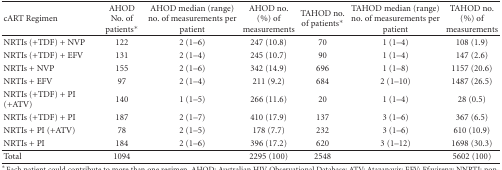
<table><thead><tr><td><b>cART Regimen</b></td><td><b>AHOD No. of patients*</b></td><td><b>AHOD median (range) no. of measurements per patient</b></td><td><b>AHOD no. (%) of measurements</b></td><td><b>TAHOD no. of patients*</b></td><td><b>TAHOD median (range) no. of measurements per patient</b></td><td><b>TAHOD no. (%) of measurements</b></td></tr></thead><tbody><tr><td>NRTIs (+TDF) + NVP</td><td>122</td><td>2 (1–6)</td><td>247 (10.8)</td><td>70</td><td>1 (1–4)</td><td>108 (1.9)</td></tr><tr><td>NRTIs (+TDF) + EFV</td><td>131</td><td>2 (1–4)</td><td>245 (10.7)</td><td>90</td><td>1 (1–4)</td><td>147 (2.6)</td></tr><tr><td>NRTIs + NVP</td><td>155</td><td>2 (1–6)</td><td>342 (14.9)</td><td>696</td><td>1 (1–8)</td><td>1157 (20.6)</td></tr><tr><td>NRTIs + EFV</td><td>97</td><td>2 (1–4)</td><td>211 (9.2)</td><td>684</td><td>2 (1–10)</td><td>1487 (26.5)</td></tr><tr><td>NRTIs (+TDF) + PI (+ATV)</td><td>140</td><td>1 (1–5)</td><td>266 (11.6)</td><td>20</td><td>1 (1–4)</td><td>28 (0.5)</td></tr><tr><td>NRTIs (+TDF) + PI</td><td>187</td><td>2 (1–7)</td><td>410 (17.9)</td><td>137</td><td>3 (1–6)</td><td>367 (6.5)</td></tr><tr><td>NRTIs + PI (+ATV)</td><td>78</td><td>2 (1–5)</td><td>178 (7.7)</td><td>232</td><td>3 (1–6)</td><td>610 (10.9)</td></tr><tr><td>NRTIs + PI</td><td>184</td><td>2 (1–6)</td><td>396 (17.2)</td><td>620</td><td>3 (1–12)</td><td>1698 (30.3)</td></tr><tr><td>Total</td><td>1094</td><td>[EMPTY_CELL]</td><td>2295 (100)</td><td>2548</td><td>[EMPTY_CELL]</td><td>5602 (100)</td></tr></tbody></table>